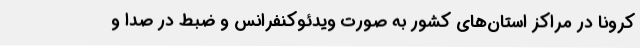
کرونا در مراکز استان‌های کشور به صورت ویدئوکنفرانس و ضبط در صدا و